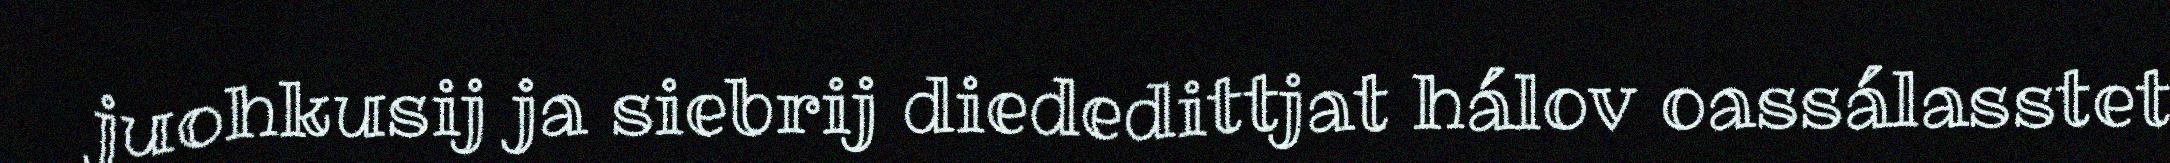
juohkusij ja siebrij diededittjat hálov oassálasstet